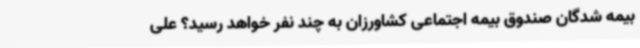
بیمه‌ شدگان صندوق بیمه اجتماعی کشاورزان به چند نفر خواهد رسید؟ علی